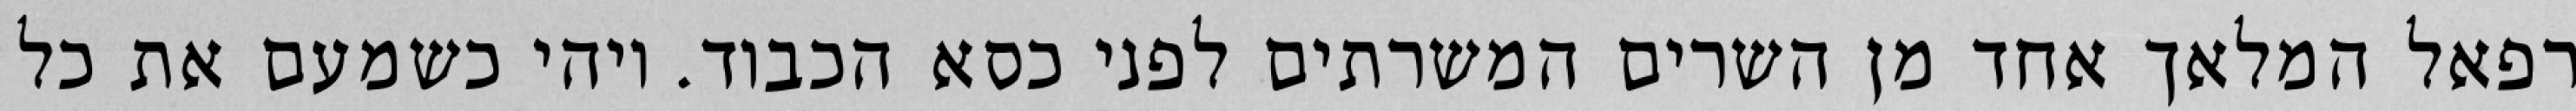
רפאל המלאך אחד מן השרים המשרתים לפני כסא הכבוד. ויהי כשמעם את כל